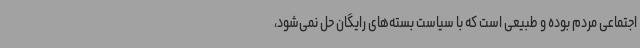
اجتماعی مردم بوده و طبیعی است که با سیاست بسته‌های رایگان حل نمی‌شود،